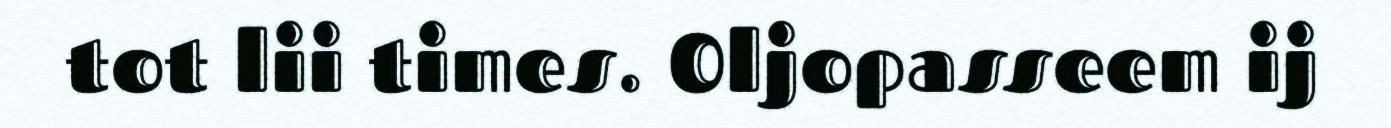
tot lii times. Oljopasseem ij